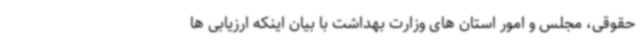
حقوقی، مجلس و امور استان های وزارت بهداشت با بیان اینکه ارزیابی ها